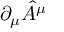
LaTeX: \partial _ { \mu } { \hat { A } } ^ { \mu }